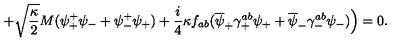
+ \sqrt { \frac { \kappa } { 2 } } M ( \psi _ { + } ^ { + } \psi _ { - } + \psi _ { - } ^ { + } \psi _ { + } ) + \frac { i } { 4 } \kappa f _ { a b } ( \overline { { \psi } } _ { + } \gamma _ { + } ^ { a b } \psi _ { + } + \overline { { \psi } } _ { - } \gamma _ { - } ^ { a b } \psi _ { - } ) \Big ) = 0 .